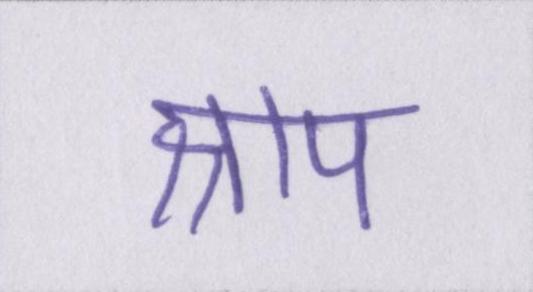
श्राप